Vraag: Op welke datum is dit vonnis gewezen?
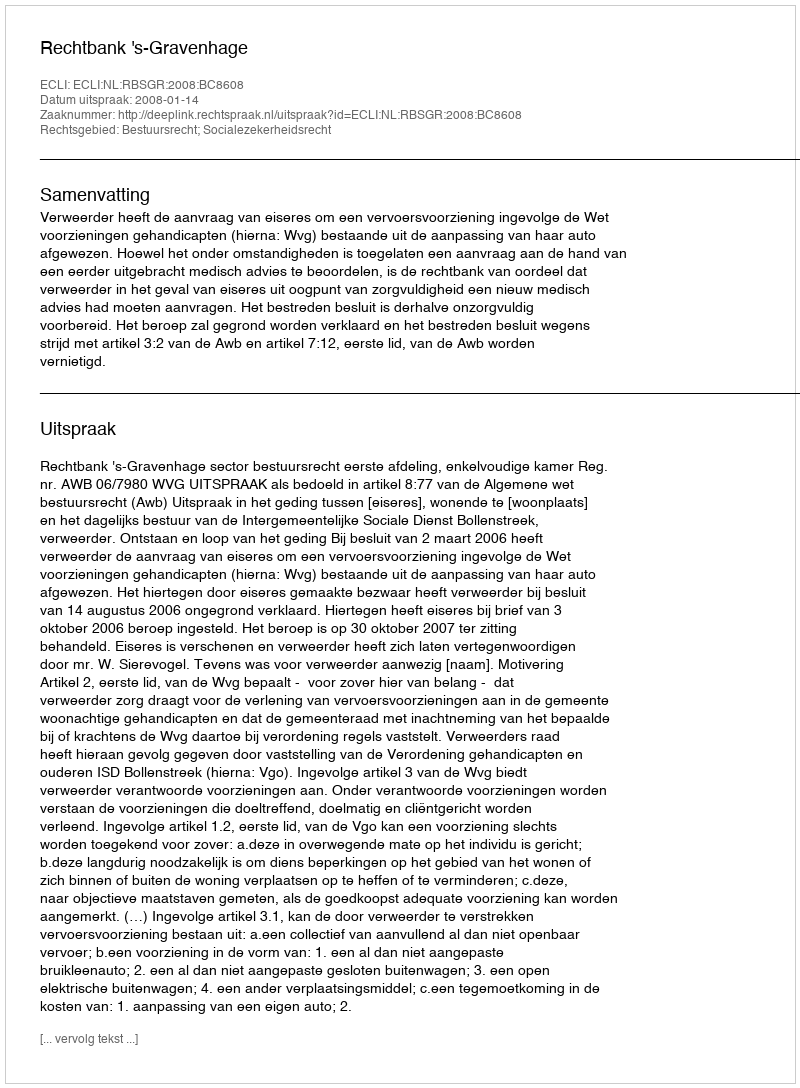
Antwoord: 2008-01-14